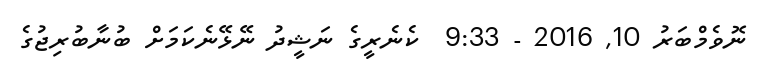
ނޮވެމްބަރު 10